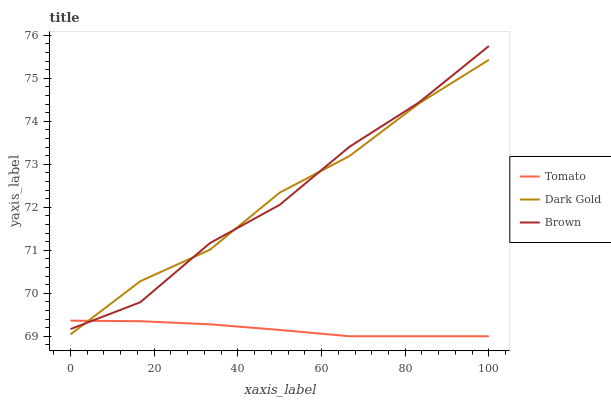
| xaxis_label | Tomato | Dark Gold | Brown |
 | --- | --- | --- | --- |
 | 0 | 69.4 | 69 | 69.2 |
 | 16.7 | 69.3 | 70.3 | 69.8 |
 | 33.3 | 69.3 | 71 | 71.2 |
 | 50 | 69.1 | 72.3 | 72.1 |
 | 66.7 | 69 | 73.2 | 73.4 |
 | 83.3 | 69 | 74.4 | 74.4 |
 | 100 | 69 | 75.4 | 75.8 |